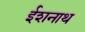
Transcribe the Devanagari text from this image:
ईशनाथ